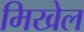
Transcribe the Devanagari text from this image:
मिखेल